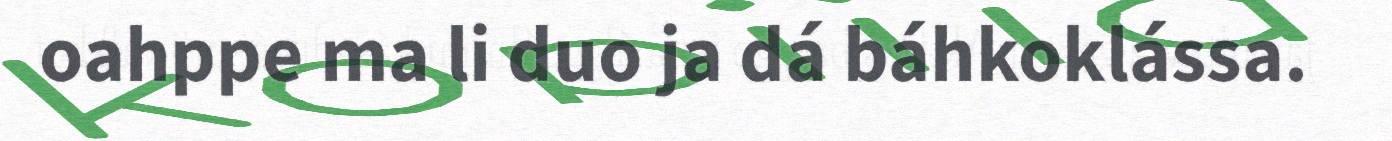
oahppe ma li duo ja dá báhkoklássa.